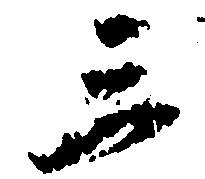
三